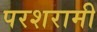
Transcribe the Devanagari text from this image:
परशरामी